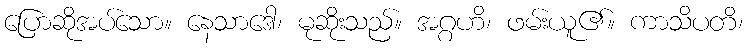
ပြောဆိုအပ်သော။ နေသာဒေါ၊ မုဆိုးသည်။ အဂ္ဂဟိ၊ ဖမ်းယူ၏။ ကာသိပတိ၊